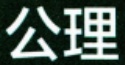
公理